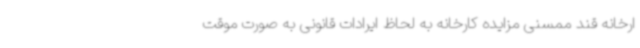
ارخانه قند ممسنی مزایده کارخانه به لحاظ ایرادات قانونی به صورت موقت